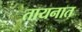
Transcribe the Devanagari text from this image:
तायनात